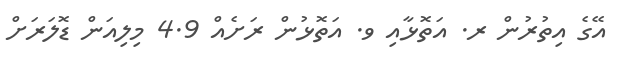
އޭގެ އިތުރުން ރ. އަތޮޅާއި ވ. އަތޮޅުން ރަށެއް 4.9 މިލިއަން ޑޮލަރަށް